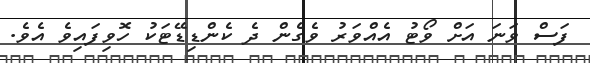
ފަސް ވަނަ އަށް ވޯޓު އެއްވަރު ވެގެން ދެ ކެންޑިޑޭޓަކު ހޮވިފައިވެ އެވެ.